Sanitation, dispensaries and jails vaccination Rajputana 1922-1927 - 1922-1927
Year: 1922
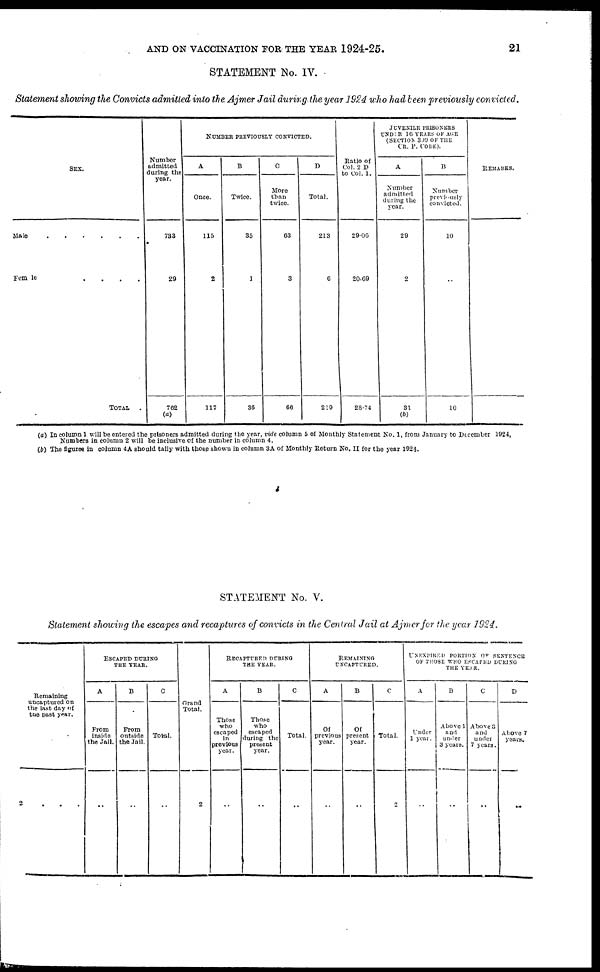
AND ON VACCINATION FOR THE YEAR 1924-25.
21
STATEMENT No. IV.
Statement showing the Convicts admitted into the Ajmer Jail during the year 1924 who had been previously convicted.
SEX.
Male
Female
.
.
.
.
TOTAL
.
Number
admitted
during the
year.
733
29
762
(a)
NUMBER PREVIOUSLY CONVICTED.
A
Once.
115
2
117
B
Twice.
35
1
36
C
More
than
twice.
63
3
66
D
Total.
213
6
210
Ratio of
Col. 2 D
to Col. 1.
29.06
20.69
28.74
JUVENILE PRISONERS
UNDER 16 YEARS OF AGE
(SECTION 399 OF THE
CR. P. CODE).
A
Number
admitted
during the
year.
29
2
31
(b)
B
Number
previously
convicted.
10
..
10
REMARKS.
(a) In column 1 will be entered the prisoners admitted during the year, vide column 5 of Monthly Statement No. 1, from January to December 1924,
Numbers in column 2 will be inclusive of the number in column 4.
(b) The figures in column 4A should tally with those shown in column 3A of Monthly Return No. II for the year 1924.
STATEMENT No. V.
Statement showing the escapes and recaptures of convicts in the Central Jail at Ajmer for the year 1924.
Remaining
uncaptured on
the last day of
the past year.
2 ...
ESCAPED DURING
THE YEAR.
A
From
inside
the Jail.
..
B
From
outside
the Jail.
..
C
Total.
..
Grand
Total.
2
RECAPTURED DURING
THE YEAR.
A
Those
who
escaped
in
previous
year.
..
B
Those
who
escaped
during the
present
year.
..
C
Total.
..
REMAINING
UNCAPTURED.
A
Of
previous
year.
..
B
Of
present
year.
..
C
Total.
2
UNEXPIRED PORTION OF SENTENCE
OF THOSE WHO ESCAPED DURING
THE YEAR.
A
Under
1 year.
..
B
Above 1
and
under
3 years.
..
C
Above 3
and
under
7 years.
..
D
Above 7
years.
..